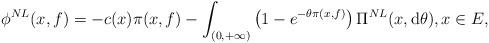
LaTeX: \begin{align*}\phi^{NL}(x,f)=-c(x)\pi(x,f)-\int_{(0,+\infty)}\left(1-e^{-\theta\pi(x,f)}\right)\Pi^{NL}(x,{\rm d}\theta), x\in E,\end{align*}